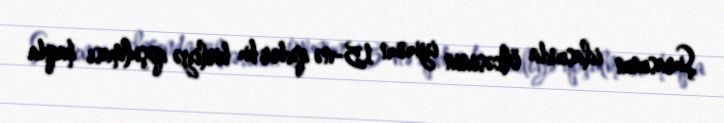
Şurasının iclasında ölkəsinin iyunun 15-nə qədər bu birliyə qoşulması haqda